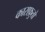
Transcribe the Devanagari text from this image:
काराफ़ुतो